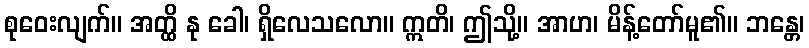
စုဝေးလျက်။ အတ္ထိ နု ခေါ၊ ရှိလေသလော။ ဣတိ၊ ဤသို့။ အာဟ၊ မိန့်တော်မူ၏။ ဘန္တေ၊